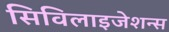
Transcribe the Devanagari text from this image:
सिविलाइजेशन्स